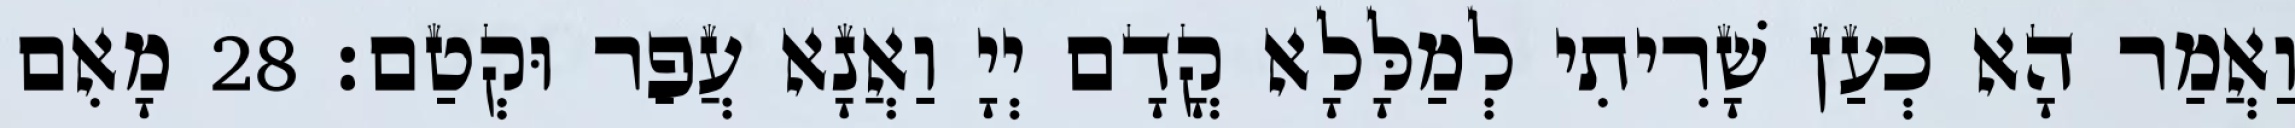
וַאֲמַר הָא כְעַן שָׁרִיתִי לְמַלָּלָא קֳדָם יְיָ וַאֲנָא עֲפַר וּקְטַם׃ 28 מָאִם